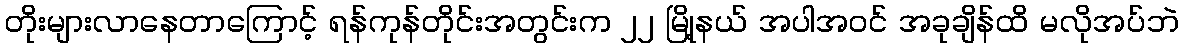
တိုးများလာနေတာကြောင့် ရန်ကုန်တိုင်းအတွင်းက ၂၂ မြို့နယ် အပါအဝင် အခုချိန်ထိ မလိုအပ်ဘဲ